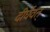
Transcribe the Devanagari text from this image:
दीर्घवत्